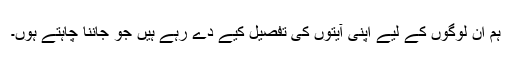
ہم اُن لوگوں کے لیے اپنی آیتوں کی تفصیل کیے دے رہے ہیں جو جاننا چاہتے ہوں۔